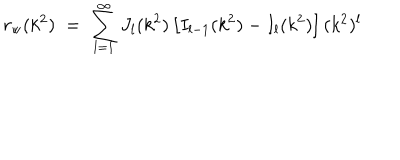
r _ { \mathrm { w } } ( k ^ { 2 } ) \; = \; \sum _ { l = 1 } ^ { \infty } J _ { l } ( k ^ { 2 } ) \left[ I _ { l - 1 } ( k ^ { 2 } ) - I _ { l } ( k ^ { 2 } ) \right] ( k ^ { 2 } ) ^ { l }